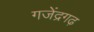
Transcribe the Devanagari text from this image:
गजेंद्रगढ़